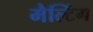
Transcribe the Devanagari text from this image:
मैल्टिंग